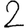
Digit: 2